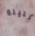
الليلة